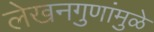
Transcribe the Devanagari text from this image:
लेखनगुणांमुळे